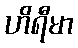
ဟိရီမာ